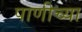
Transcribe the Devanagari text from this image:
पाणीच्या